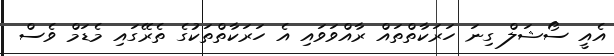
އެއީ ސޯޝަލް ގިނަ ހަރަކާތްތައް ރާއްވަވައި އެ ހަރަކާތްތަކުގެ ތެރޭގައި މެޑަމް ވެސް